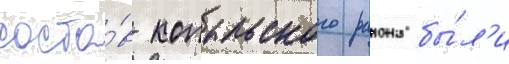
соста́в копыльского раиона бы́л'и